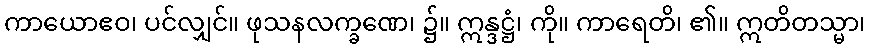
ကာယောဧဝ၊ ပင်လျှင်။ ဖုသနလက္ခဏေ၊ ၌။ ဣန္ဒဋ္ဌံ၊ ကို။ ကာရေတိ၊ ၏။ ဣတိတသ္မာ၊